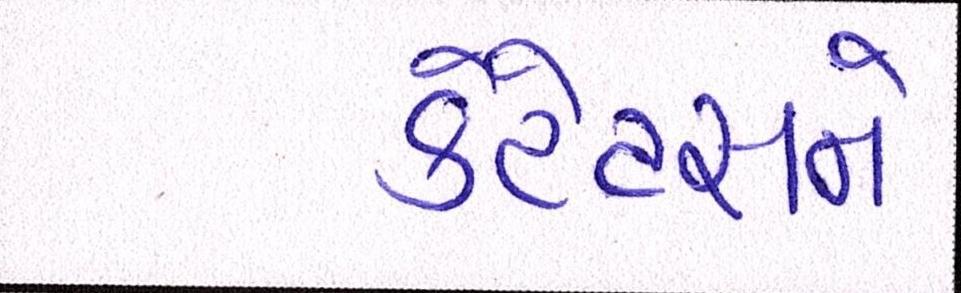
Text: કેટેટસને